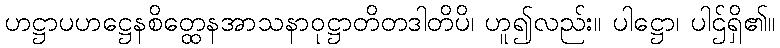
ဟဋ္ဌာပဟဋ္ဌေနစိတ္ထေနအာသနာဝုဋ္ဌာတိတဒါတိပိ၊ ဟူ၍လည်း။ ပါဋ္ဌော၊ ပါဌ်ရှိ၏။